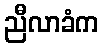
ညီလာခံက